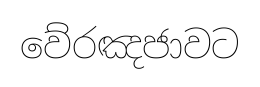
වේරඤජාවට